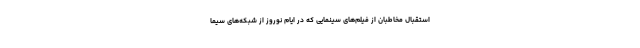
استقبال مخاطبان از فیلم‌های سینمایی که در ایام نوروز از شبکه‌های سیما